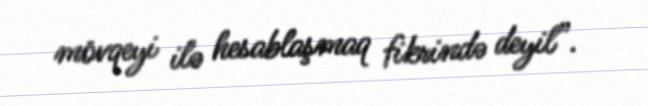
mövqeyi ilə hesablaşmaq fikrində deyil”.